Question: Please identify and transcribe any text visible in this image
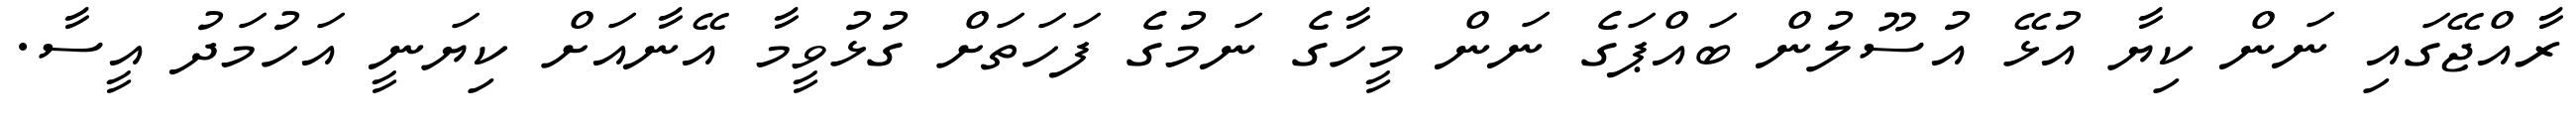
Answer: ރާއްޖޭގައި ނަން ކިޔާ އުޅޭ އުސޫލުން ބައްޕަގެ ނަން މީހާގެ ނަމުގެ ފަހަތަށް ގުޅުވީމާ އޭނާއަށް ކިޔަނީ އަހުމަދު އީސާ.